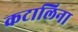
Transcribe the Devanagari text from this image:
कटालिना